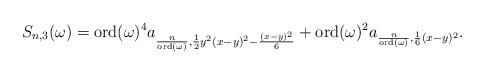
LaTeX: \begin{align*}S_{n,3}(\omega)=\mathrm{ord}(\omega)^4 a_{\frac{n}{\mathrm{ord}(\omega)},\frac{1}{2}y^2(x-y)^2 - \frac{(x-y)^2}{6}} + \mathrm{ord}(\omega)^2 a_{\frac{n}{\mathrm{ord}(\omega)}, \frac{1}{6}(x-y)^2}.\end{align*}